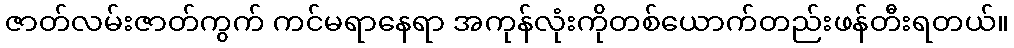
ဇာတ်လမ်းဇာတ်ကွက် ကင်မရာနေရာ အကုန်လုံးကိုတစ်ယောက်တည်းဖန်တီးရတယ်။